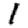
Digit: 1